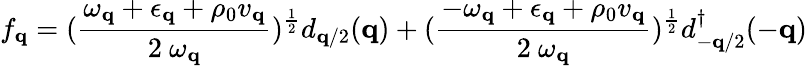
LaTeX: f_{{\mathbf{q}}}=(\frac{\omega_{{\mathbf{q}}}+\epsilon_{{\mathbf{q}}}+\rho_{0}v_{{\mathbf{q}}}}{2\mathrm{~}\omega_{{\mathbf{q}}}})^{\frac{1}{2}}d_{{\mathbf{q}}/2}({\mathbf{q}})+(\frac{-\omega_{{\mathbf{q}}}+\epsilon_{{\mathbf{q}}}+\rho_{0}v_{{\mathbf{q}}}}{2\mathrm{~}\omega_{{\mathbf{q}}}})^{\frac{1}{2}}d_{-{\mathbf{q}}/2}^{\dagger}(-{\mathbf{q}})